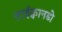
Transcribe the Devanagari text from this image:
ताईक्वानडो